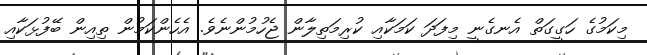
މިކަމުގެ ހަގީގަތް އެނގެނީ މިފަދަ ކަމަކާއި ކުރިމަތިލާން ޖެހުމުންނެވެ. އެހެންކަމުން ތިއިން ބޭފުޅަކާއި